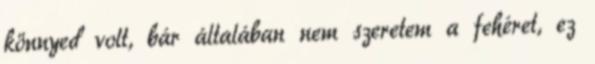
könnyed volt, bár általában nem szeretem a fehéret, ez